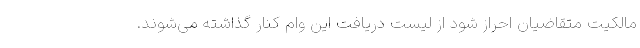
مالکیت متقاضیان احراز شود از لیست دریافت این وام کنار گذاشته می‌شوند.